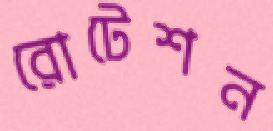
রোটেশন